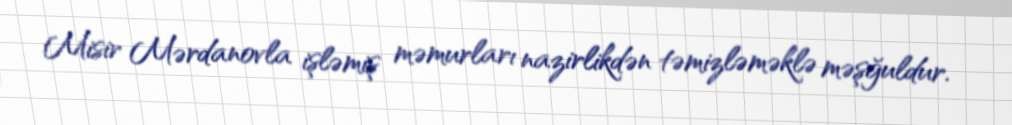
Misir Mərdanovla işləmiş məmurları nazirlikdən təmizləməklə məşğuldur.